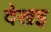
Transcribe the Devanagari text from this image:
देखइ